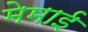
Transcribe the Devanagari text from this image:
मेमाई